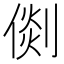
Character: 𠋴